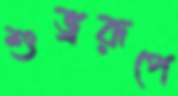
শুভ্ররূপে